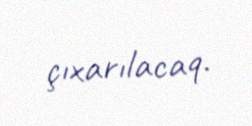
çıxarılacaq.